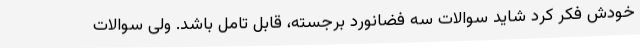
خودش فکر کرد شاید سوالات سه فضانورد برجسته، قابل تامل باشد. ولی سوالات